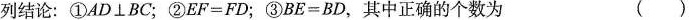
列结论：①$$A D \bot B C$$；②$$E F = F D$$；③$$B E = B D$$，其中正确的个数为 ()